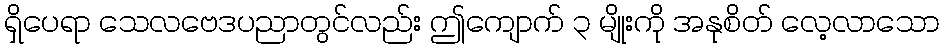
ရှိပေရာ သေလဗေဒပညာတွင်လည်း ဤကျောက် ၃ မျိုးကို အနုစိတ် လေ့လာသော